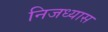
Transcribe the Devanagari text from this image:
निजध्यास